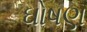
ઘોષણ